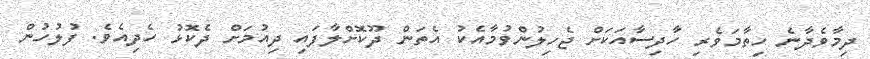
ދިމާވެދާނެ ހިތާމަވެރި ހާދިސާއަކަށް ޖެހިލުންވުމާއެކު އެތަން ދޫކޮށްލާފައި ދިއުމަށް ދެކޮޅު ހެދިއެވެ. ފުލުހުން